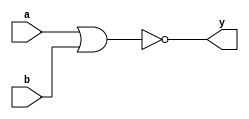
module nor_gate(
    //Input and Output Parameters
    input a,
    input b,
    output y
);
//nor gate function
assign y= ~( a | b );
endmodule